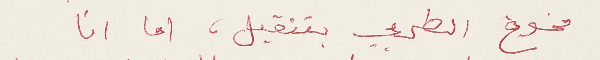
مخوخ الطربي بتنقيل، اما انا